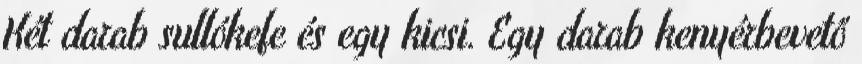
Két darab sullókefe és egy kicsi. Egy darab kenyérbevető